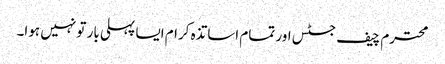
محترم چیف جسٹس اور تمام اساتذہ کرام ایسا پہلی بار تو نہیں ہوا۔